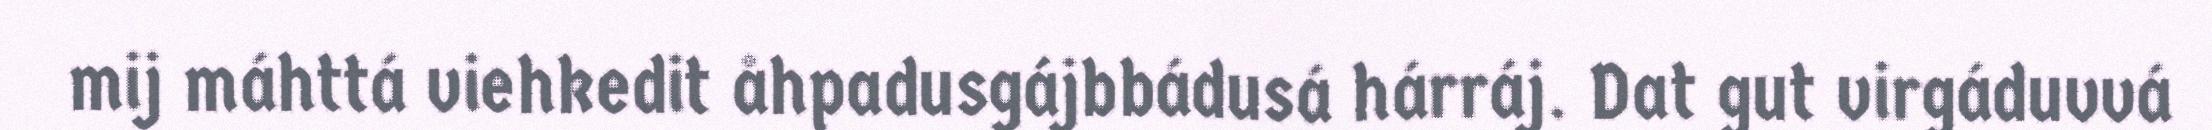
mij máhttá viehkedit åhpadusgájbbádusá hárráj. Dat gut virgáduvvá